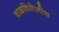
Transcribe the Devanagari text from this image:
वाढविलेलीच